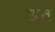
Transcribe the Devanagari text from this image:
छत्त